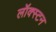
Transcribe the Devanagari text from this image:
लॉक्स्टन